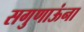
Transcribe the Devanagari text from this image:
सगुणाऊंना